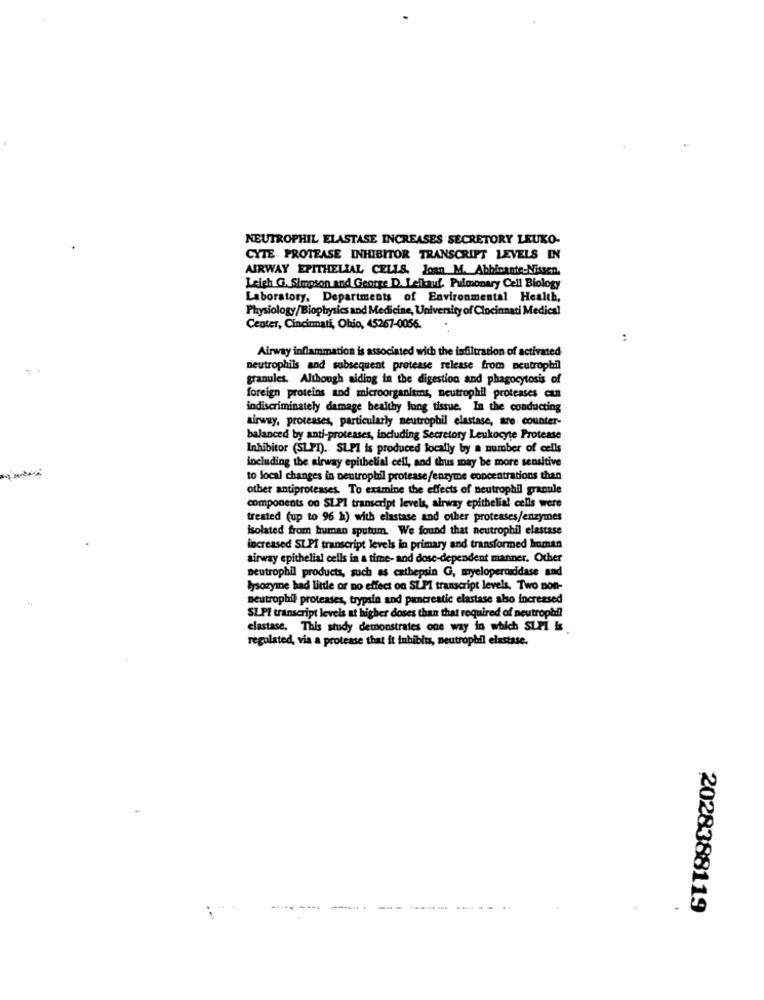
NEUTROPHIL ELASTASE INCREASES SECRETORY LEUKO-
CYTE PROTEASE INHIBITOR TRANSCRIPT LEVELS IN
AIRWAY EPITHELIAL CELLS. Joan M. Abbinante-Nissen
Leigh G. Simpson and George D. Leikauf. Pulmonary Cell Biology
Laboratory, Departments of Environmental Health,
Physiology/Biophysics and Medicine, University of Cincinnati Medical
Center, Cincinnati, Ohio, 45267-0056.
Airway inflammation is associated with the infiltration of activated
neutrophils and subsequent protease release from neutrophil
granules. Although aiding in the digestion and phagocytosis of
foreign proteins and microorganisms, neutrophil proteases can
indiscriminately damage healthy lung tissue. In the conducting
airway, proteases, particularly neutrophil elastase, are counter-
balanced by anti-proteases, including Secretory Leukocyte Protease
Inhibitor (SLPI). SUPI is produced locally by a number of cells
including the airway epithelial cell, and thus may be more sensitive
to local changes in neutrophil protease/enzyme concentrations than
other antiproteases. To examine the effects of neutrophil granule
components on SIPI transcript levels, airway epithelial cells were
treated (up to 96 h) with elastase and other proteases/enzymes
isolated from human sputum. We found that neutrophil elastase
increased SI.PI transcript levels in primary and transformed human
airway epithelial cells in a time- and dose-dependent manner. Other
neutrophil products, such as cathepsin G, myeloperoididase and
lysozyme had little or no effect on SUPI transcript levels, Two non-
neutrophil proteases, trypsin and pancreatic elastase also increased
SLPI transcript levels at higher doses than that required of neutrophil
elastase. This study demonstrates one way in which SLPi Is
regulated, via a protease that it inhibits, neutrophil elastase.
-- --
2028388119